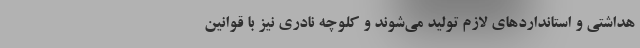
هداشتی و استانداردهای لازم تولید می‌شوند و کلوچه نادری نیز با قوانین